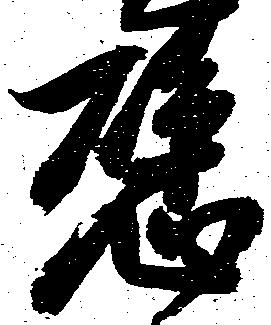
懸